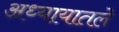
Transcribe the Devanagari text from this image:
अध्‍यायातले